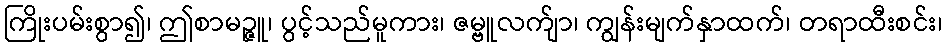
ကြိုးပမ်းစွာ၍၊ ဤစာမဉ္ဇူ၊ ပွင့်သည်မူကား၊ ဇမ္ဗူလက်ျာ၊ ကျွန်းမျက်နှာထက်၊ တရာထီးစင်း၊